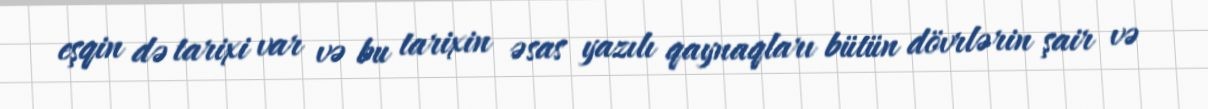
eşqin də tarixi var və bu tarixin əsas yazılı qaynaqları bütün dövrlərin şair və